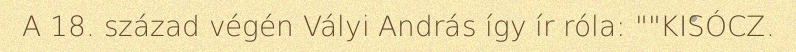
A 18. század végén Vályi András így ír róla: ""KISÓCZ.